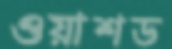
ওয়াশড